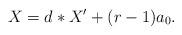
LaTeX: \begin{align*}X = d\ast X' + (r-1)a_0.\end{align*}